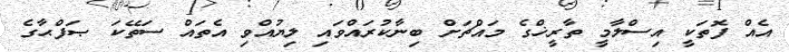
އެއް ފޮތަކީ އިސްލާމީ ތާރީޚްގެ މައްޗަށް ބިނާކުރައްވައި ލިޔުއްވި އެތައް ސަތޭކަ ޞަފްޙާގެ